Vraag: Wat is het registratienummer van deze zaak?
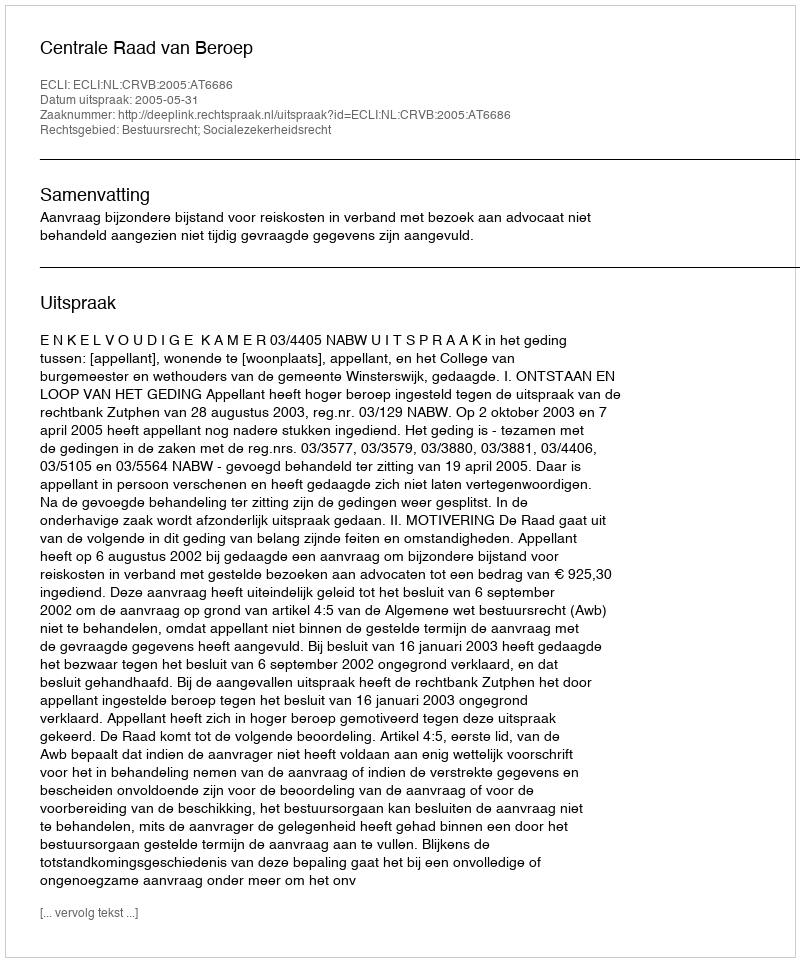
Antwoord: http://deeplink.rechtspraak.nl/uitspraak?id=ECLI:NL:CRVB:2005:AT6686